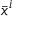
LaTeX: { \bar { x } } ^ { i }